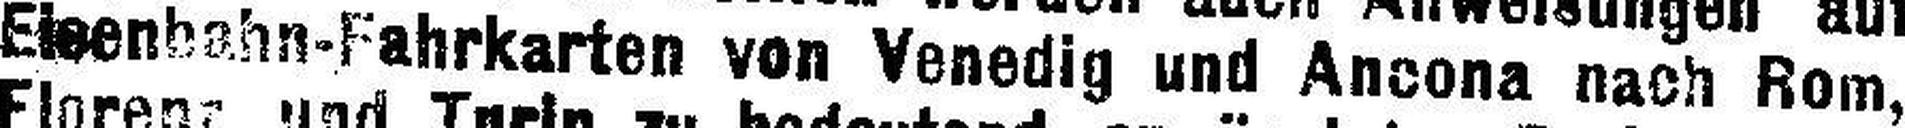
Eisenbahn-Fahrkarten von Venedig und Ancona nach Rom,